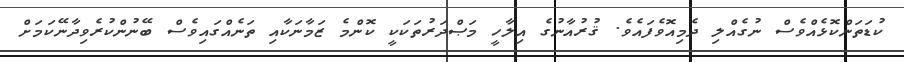
ކުޑަތަންކޮޅެއްވެސް ނުގެއްލި ދެމިއޮވެފައެވެ. ޤުރުއާނުގެ އިލާހީ މަޞްދަރުތަކަކީ ކޮންމެ ޒަމާނަކާއި ތަނެއްގައިވެސް ބޭނުންކުރެވިދާނޭކަމަށް